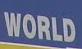
world